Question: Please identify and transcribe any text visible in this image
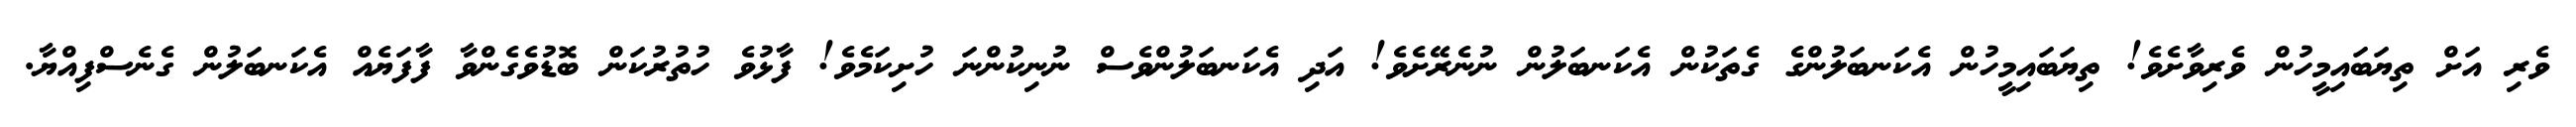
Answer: ވެރި އަށް ތިޔަބައިމީހުން ވެރިވާށެވެ! ތިޔަބައިމީހުން އެކަނބަލުންގެ ގެތަކުން އެކަނބަލުން ނުނެރޭށެވެ! އަދި އެކަނބަލުންވެސް ނުނިކުންނަ ހުށިކަމެވެ! ފާޅުވެ ހުތުރުކަން ބޮޑުވެގެންވާ ފާފަޔެއް އެކަނބަލުން ގެނެސްފިއްޔާ.